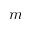
m